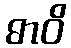
ဓာဝိ